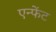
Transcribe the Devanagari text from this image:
एन्फेंट